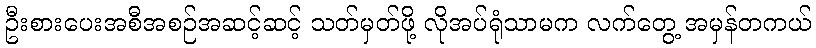
ဦးစားပေးအစီအစဉ်အဆင့်ဆင့် သတ်မှတ်ဖို့ လိုအပ်ရုံသာမက လက်တွေ့ အမှန်တကယ်